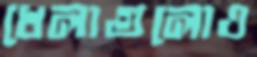
খেলাগুলোও